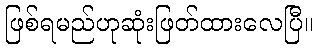
ဖြစ်ရမည်ဟုဆုံးဖြတ်ထားလေပြီ။